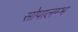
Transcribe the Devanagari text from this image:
सोपालम्भ